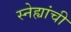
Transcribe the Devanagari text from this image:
स्नेह्यांची